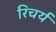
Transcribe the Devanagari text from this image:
रिचर्य